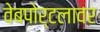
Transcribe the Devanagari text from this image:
वेबपोर्टलावर